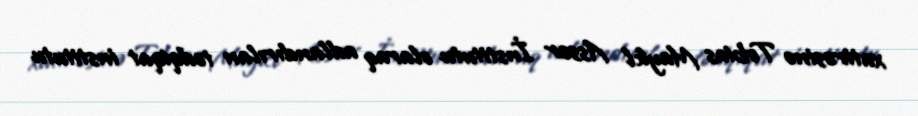
xatirəsinə Tobias Maykl Asser İnstitutu olaraq adlandırılan tədqiqat institutu